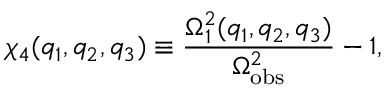
\chi _ { 4 } ( q _ { 1 } , q _ { 2 } , q _ { 3 } ) \equiv \frac { \Omega _ { 1 } ^ { 2 } ( q _ { 1 } , q _ { 2 } , q _ { 3 } ) } { \Omega _ { \mathrm { o b s } } ^ { 2 } } - 1 ,